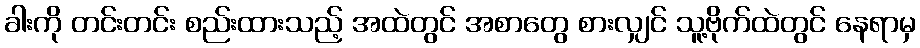
ခါးကို တင်းတင်း စည်းထားသည့် အထဲတွင် အစာတွေ စားလျှင် သူ့ဗိုက်ထဲတွင် နေရာမှ